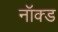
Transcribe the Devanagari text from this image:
नॉक्ड